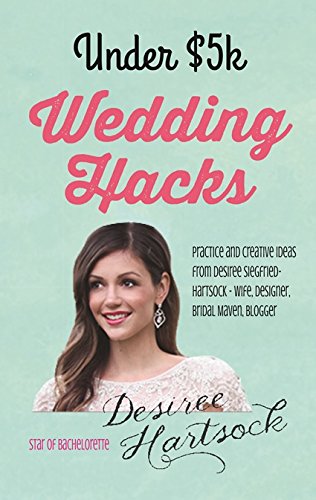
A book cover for Under $5K  Wedding Hacks: Practice and Creative Ideas from Desiree Siegfried - Wife, Designer, Bridal Maven, Blogger; Desiree Siegfried-Hartsock ; Crafts, Hobbies & Home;